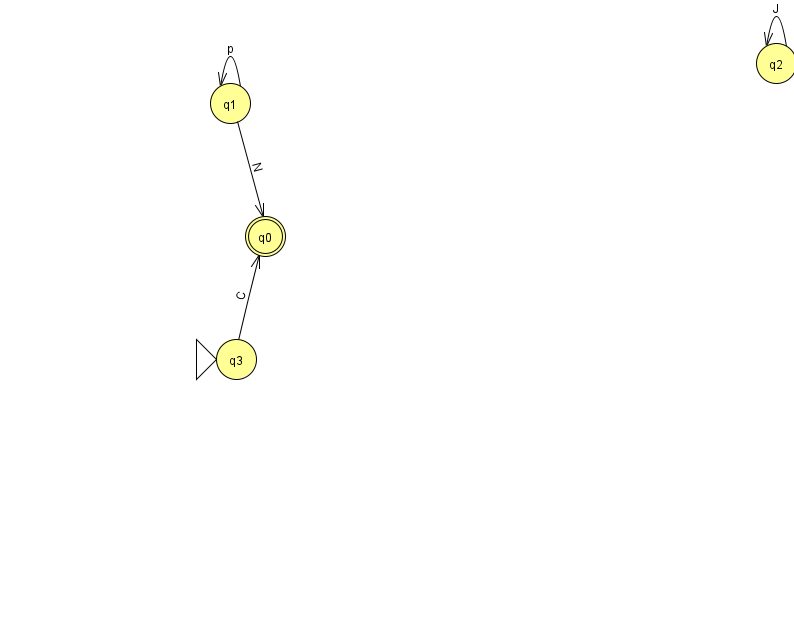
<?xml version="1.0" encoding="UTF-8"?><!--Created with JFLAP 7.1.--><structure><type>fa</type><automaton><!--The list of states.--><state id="0" name="q0"><x>265.0</x><y>223.0</y><final/></state><state id="1" name="q1"><x>230.0</x><y>90.0</y></state><state id="2" name="q2"><x>776.0</x><y>50.0</y></state><state id="3" name="q3"><x>236.0</x><y>346.0</y><initial/></state><!--The list of transitions.--><transition><from>1</from><to>1</to><read>p</read></transition><transition><from>3</from><to>0</to><read>C</read></transition><transition><from>1</from><to>0</to><read>N</read></transition><transition><from>2</from><to>2</to><read>J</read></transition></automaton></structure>